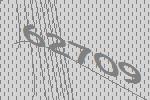
62709